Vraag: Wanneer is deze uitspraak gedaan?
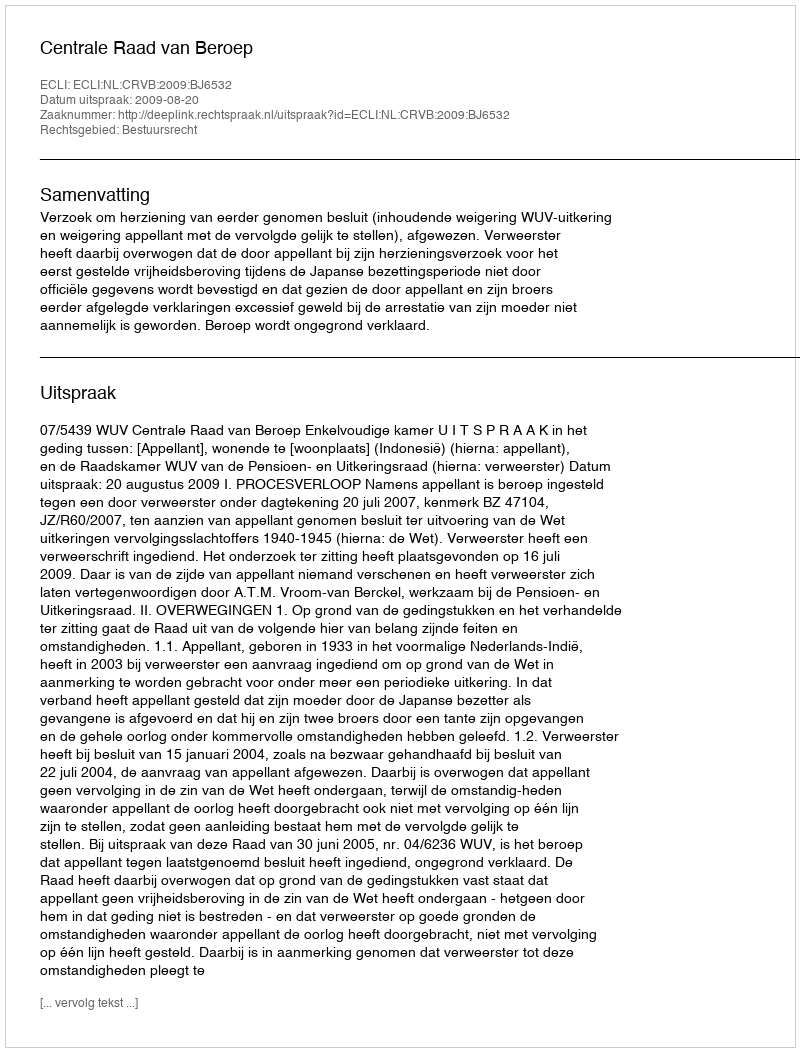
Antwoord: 2009-08-20